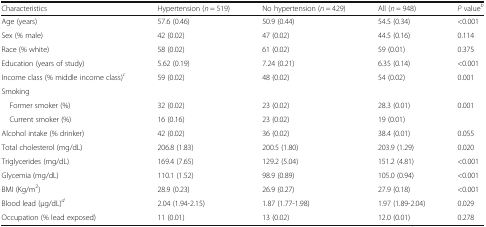
| Characteristics | Hypertension (n = 519) | No hypertension (n = 429) | All (n = 948) | P valueb |
 | --- | --- | --- | --- | --- |
 | Age (years) | 57.6 (0.46) | 50.9 (0.44) | 54.5 (0.34) | <0.001 |
 | Sex (% male) | 42 (0.02) | 47 (0.02) | 44.5 (0.16) | 0.114 |
 | Race (% white) | 58 (0.02) | 61 (0.02) | 59 (0.01) | 0.375 |
 | Education (years of study) | 5.62 (0.19) | 7.24 (0.21) | 6.35 (0.14) | <0.001 |
 | Income class (% middle income class)c | 59 (0.02) | 48 (0.02) | 54 (0.02) | 0.001 |
 | <COLSPAN=5> Smoking |
 | Former smoker (%) | 32 (0.02) | 23 (0.02) | 28.3 (0.01) | 0.001 |
 | Current smoker (%) | 16 (0.16) | 23 (0.02) | 19 (0.01) |  |
 | Alcohol intake (% drinker) | 42 (0.02) | 36 (0.02) | 38.4 (0.01) | 0.055 |
 | Total cholesterol (mg/dL) | 206.8 (1.83) | 200.5 (1.80) | 203.9 (1.29) | 0.020 |
 | Triglycerides (mg/dL) | 169.4 (7.65) | 129.2 (5.04) | 151.2 (4.81) | <0.001 |
 | Glycemia (mg/dL) | 110.1 (1.52) | 98.9 (0.89) | 105.0 (0.94) | <0.001 |
 | BMI (Kg/m2) | 28.9 (0.23) | 26.9 (0.27) | 27.9 (0.18) | <0.001 |
 | Blood lead (μg/dL)d | 2.04 (1.94-2.15) | 1.87 (1.77-1.98) | 1.97 (1.89-2.04) | 0.029 |
 | Occupation (% lead exposed) | 11 (0.01) | 13 (0.02) | 12.0 (0.01) | 0.278 |